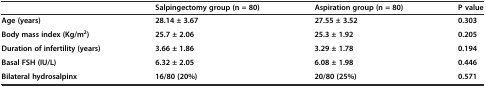
<table><thead><tr><td></td><td><b>Salpingectomy group (n = 80)</b></td><td><b>Aspiration group (n = 80)</b></td><td><b>P value</b></td></tr></thead><tbody><tr><td><b>Age (years)</b></td><td><b>28.14 ± 3.67</b></td><td><b>27.55 ± 3.52</b></td><td><b>0.303</b></td></tr><tr><td><b>Body mass index (Kg/m</b><sup><b>2</b></sup><b>)</b></td><td><b>25.7 ± 2.06</b></td><td><b>25.3 ± 1.92</b></td><td><b>0.205</b></td></tr><tr><td><b>Duration of infertility (years)</b></td><td><b>3.66 ± 1.86</b></td><td><b>3.29 ± 1.78</b></td><td><b>0.194</b></td></tr><tr><td><b>Basal FSH (IU/L)</b></td><td><b>6.32 ± 2.05</b></td><td><b>6.08 ± 1.98</b></td><td><b>0.446</b></td></tr><tr><td><b>Bilateral hydrosalpinx</b></td><td><b>16/80 (20%)</b></td><td><b>20/80 (25%)</b></td><td><b>0.571</b></td></tr></tbody></table>